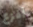
أفزع